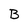
Character: B